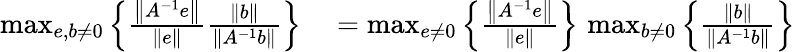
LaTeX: \begin{array}{rl}{\operatorname*{max}_{e,b\neq 0}\left\{ {\frac{\left\| A^{-1}e\right\| }{\| e\| }}{\frac{\| b\| }{\left\| A^{-1}b\right\| }}\right\} }&{{}=\operatorname*{max}_{e\neq 0}\left\{ {\frac{\left\| A^{-1}e\right\| }{\| e\| }}\right\} \, \operatorname*{max}_{b\neq 0}\left\{ {\frac{\| b\| }{\left\| A^{-1}b\right\| }}\right\} }\end{array}